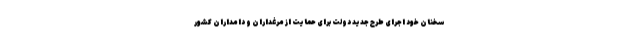
سخنان خود اجرای طرح جدید دولت برای حمایت از مرغداران و دامداران کشور